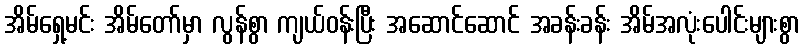
အိမ်ရှေ့မင်း အိမ်တော်မှာ လွန်စွာ ကျယ်ဝန်းပြီး အဆောင်ဆောင် အခန်းခန်း အိမ်အလုံးပေါင်းများစွာ